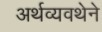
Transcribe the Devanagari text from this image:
अर्थव्यवथेने